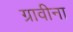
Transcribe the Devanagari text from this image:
ग्रावीना